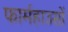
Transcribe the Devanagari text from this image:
फार्महाउसों